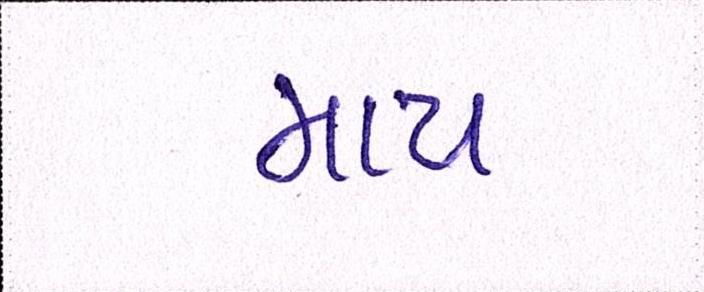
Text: માય